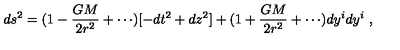
d s ^ { 2 } = ( 1 - { \frac { G M } { 2 r ^ { 2 } } } + \cdots ) [ - d t ^ { 2 } + d z ^ { 2 } ] + ( 1 + { \frac { G M } { 2 r ^ { 2 } } } + \cdots ) d y ^ { i } d y ^ { i } \ ,